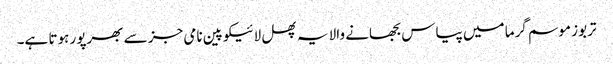
تربوز موسم گرما میں پیاس بجھانے والا یہ پھل لائیکوپین نامی جز سے بھرپور ہوتا ہے۔